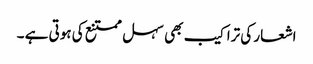
اشعار کی تراکیب بھی سہل ممتنع کی ہوتی ہے ۔